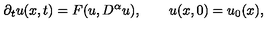
{ \partial _ { t } } u ( x , t ) = F ( u , { D ^ { \alpha } } u ) , \qquad u ( x , 0 ) = { u _ { 0 } } ( x ) ,